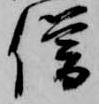
僧